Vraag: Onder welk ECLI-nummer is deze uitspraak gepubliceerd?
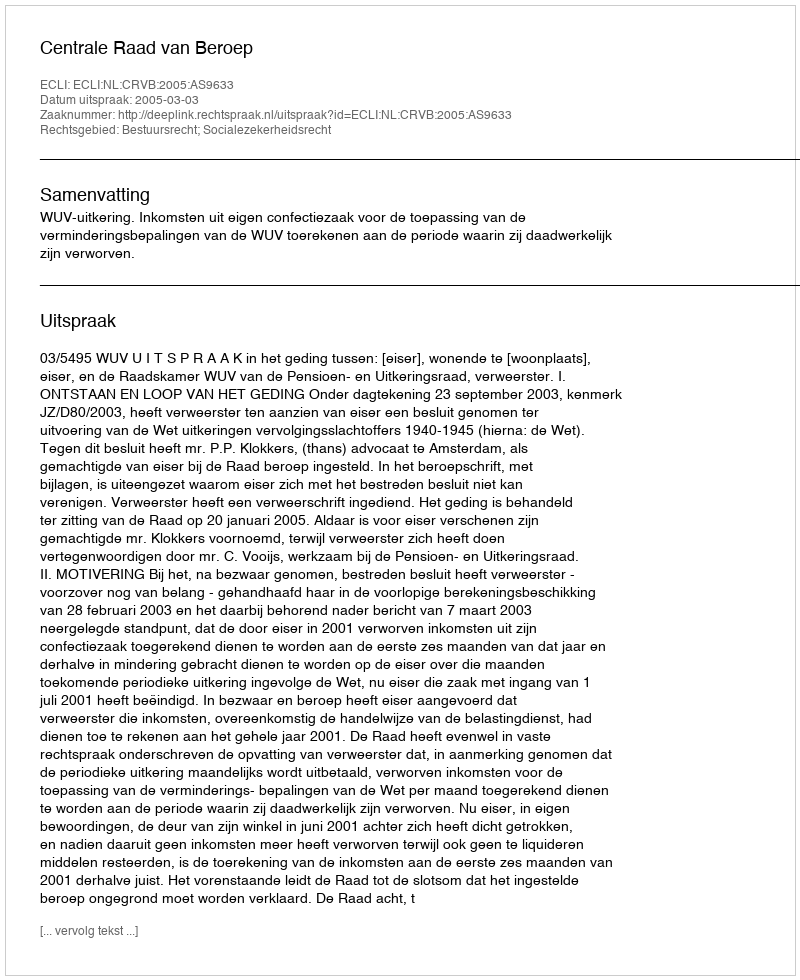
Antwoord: ECLI:NL:CRVB:2005:AS9633